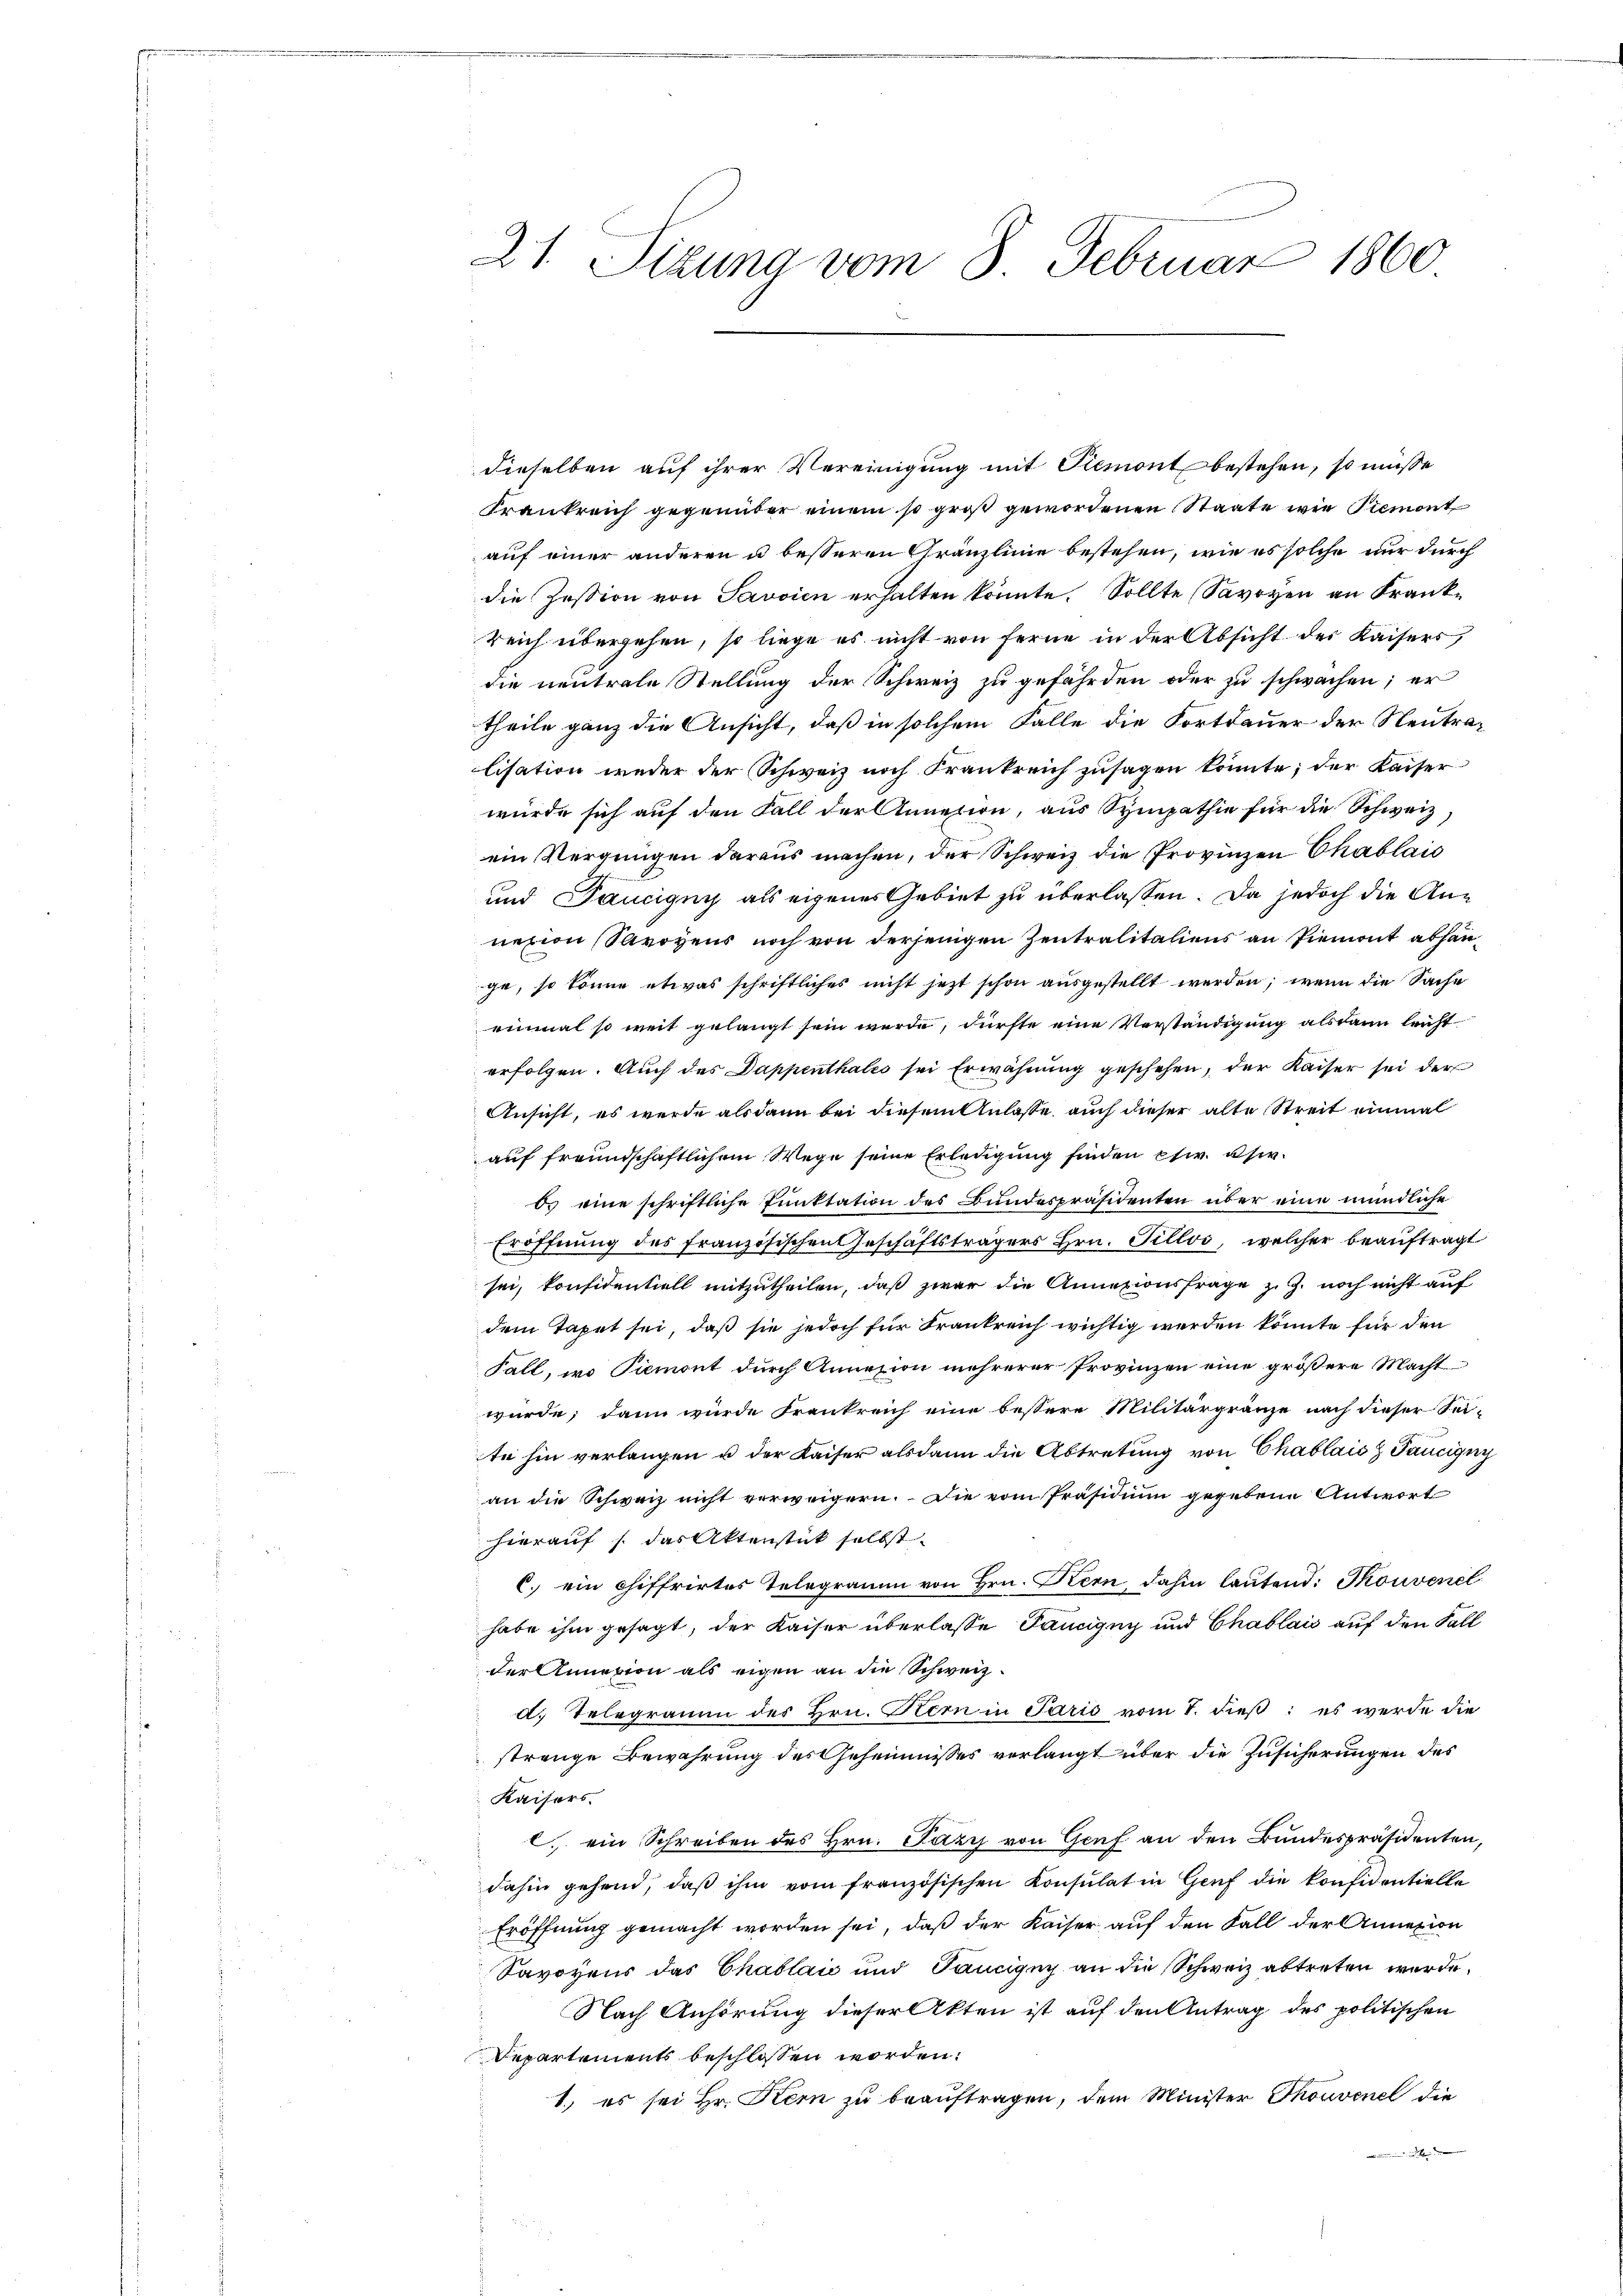
21. Sitzung vom 8. Februar 1860

dieselben auf ihrer Vereinigung mit Piemont bestehen, so müsse
Frankreich gegenüber einem so groß gewordenen Staate wie Piemont
auf einer anderen u besseren Kränzlinie bestehen, wie es solche nur durch
die Zession von Savvien erhalten könnte. Sollte Savoyen an Frankreich übergehen, so liege es nicht von Ferne in der Absicht des Kaisers,
die neutrale Stellung der Schweiz zu gefährden oder zu schwachen; er
theile ganz die Ansicht, daß in solchem Falle die Fortdauer der Neutralisation weder der Schweiz noch Frankreich zusagen könnte; der Kaiser
würde sich auf den Fall der Annelin, aus Sympathie für die Schweiz,
ein Vergnügen daraus machen, der Schweiz die Provinzen Chablais
und Taucigny als eigenes Gebiet zu überlassen. Da jedoch die Annezion Savoyens noch von derjenigen Zentralitaliens an Piemont abhänge, so könne etwas schriftliches nicht jetzt schon ausgestellt werden; wenn die Sache
einmal so weit gelangt sein wurde, dürfte eine Verständigung alsdann leicht
erfolgen. Auch des Dappenthales sei Erwähnung geschehen, der Kaiser sei der
Ansicht, es werde alsdann bei diesem Anlasse auch dieser alte Streit einmal
auf freundschaftlichem Wege seine Erledigung finden psw. usw.
b. eine schriftliche Punktation des Bundespräsidenten über eine mündliche
Eröffnung des französischen Geschäftsträgers Hrn. Fillvo, welcher beauftragt
sei, konfidentiell mitzutheilen, daß zwar die Annazionsfrage z. Z. noch nicht auf
dem Tapet sei, daß sie jedoch für Frankreich wichtig werden könnte für den
Fall, wo Piemont durch Annexion mehrerer Provinzen eine größere Macht
würde; dann wurde Frankreich eine bessere Militärgränze nach dieser Sei-
te hin verlangen u der Kaiser alsdann die Abtretung von Chablais & Taucigny
an die Schweiz nicht verweigern. Die vom Präsidium gegebene Antwort
hierauf s. das Aktenstück selbst.
C. ein chiffrirtes Telegramm von Hrn. Kern dahin lautend: Skonvenel
habe ihm gesagt, der Kaiser überlasse Taucigny und Chablais auf den Fall
der Annexion als eigen an die Schweiz.
d. Telegramm des Hrn. Bern in Paris vom 1. dieß: es werde die
strenge Bewahrung des Geheimnisses verlangt über die Zusicherungen des
Kaisers.
l. ein Schreiben des Hrn. Pary von Genf an den Bundespräsidenten,
dahin gehend, daβ ihm vom französischen Konsulat in Genf die konfidentielle
Eröffnung gemacht worden sei, daß der Kaiser auf den Fall der Annexion
Savoyens das Chablaić und Taucigny an die Schweiz abtreten wurde.
Nach Anhörung dieser Akten ist auf den Antrag des politischen
Departements beschlossen worden.
1.) es sei Hr. Kern zu beauftragen, dem Minister Thouvenel die
un eine in der